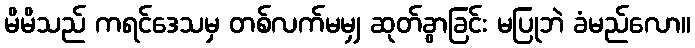
မိမိသည် ကရင်ဒေသမှ တစ်လက်မမျှ ဆုတ်ခွာခြင်း မပြုဘဲ ခံမည်လော။